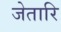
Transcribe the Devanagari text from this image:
जेतारि